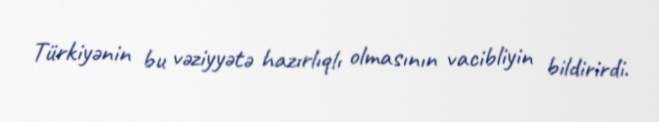
Türkiyənin bu vəziyyətə hazırlıqlı olmasının vacibliyin bildirirdi.